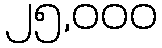
၂၅,၀၀၀